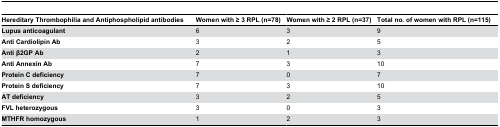
| Hereditary Thrombophilia and Antiphospholipid antibodies | Women with ≥ 3 RPL (n=78) | Women with ≥ 2 RPL (n=37) | Total no. of women with RPL (n=115) |
 | --- | --- | --- | --- |
 | Lupus anticoagulant | 6 | 3 | 9 |
 | Anti Cardiolipin Ab | 3 | 2 | 5 |
 | Anti β2GP Ab | 2 | 1 | 3 |
 | Anti Annexin Ab | 7 | 3 | 10 |
 | Protein C deficiency | 7 | 0 | 7 |
 | Protein S deficiency | 7 | 3 | 10 |
 | AT deficiency | 3 | 2 | 5 |
 | FVL heterozygous | 3 | 0 | 3 |
 | MTHFR homozygous | 1 | 2 | 3 |